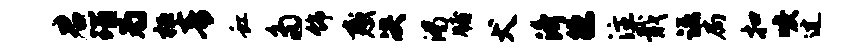
君瑙为桓青虹多饰惑决渴牖犬济德注戢诺扃扣唳过